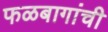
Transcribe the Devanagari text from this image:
फळबागांची